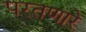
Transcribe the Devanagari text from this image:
परतणारे